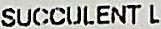
SUCCULENT L